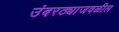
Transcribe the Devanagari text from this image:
उंबरठ्याजवळील